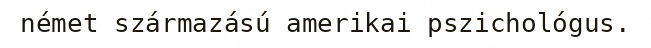
német származású amerikai pszichológus.